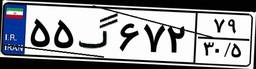
۵۵گ۶۷۲۷۹